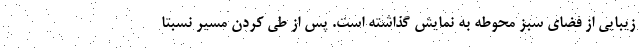
زیبایی از فضای سبز محوطه به نمایش گذاشته است. پس از طی کردن مسیر نسبتا